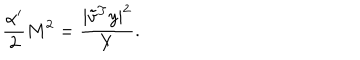
LaTeX: \frac { \alpha ^ { \prime } } { 2 } M ^ { 2 } = \frac { | { \tilde { v } } ^ { T } y | ^ { 2 } } { Y } .